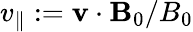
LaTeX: v_{\parallel}:=\mathbf{v}\cdot\mathbf{B}_{0}/B_{0}